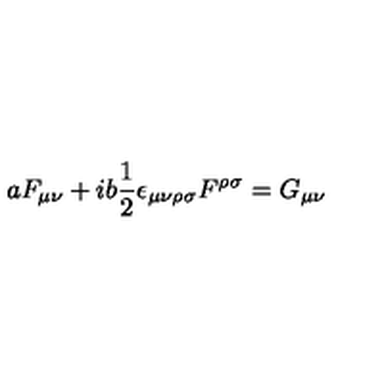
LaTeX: a F _ { \mu \nu } + i b \frac { 1 } { 2 } \epsilon _ { \mu \nu \rho \sigma } F ^ { \rho \sigma } = G _ { \mu \nu }